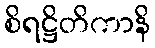
စိရဋ္ဌိတိကာနိ